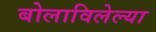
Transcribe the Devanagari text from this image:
बोलाविलेल्या